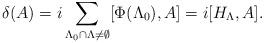
LaTeX: \begin{align*}\delta(A)=i \sum_{\Lambda_0 \cap \Lambda \neq \emptyset} [\Phi(\Lambda_0), A]=i [H_\Lambda, A].\end{align*}